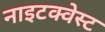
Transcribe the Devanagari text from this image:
नाइटक्वेस्ट